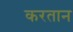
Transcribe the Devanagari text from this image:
करतान